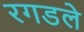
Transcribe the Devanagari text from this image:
रगडले